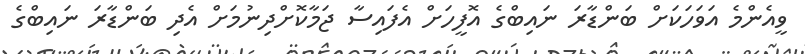
ވީއެންމެ އަވަހަކަށް ބަންޑާރަ ނައިބްގެ އޮފީހަށް އެފައިސާ ޖަމާކޮށްދިނުމަށް އެދި ބަންޑާރަ ނައިބްގެ